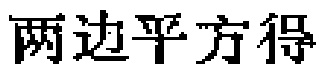
两边平方得